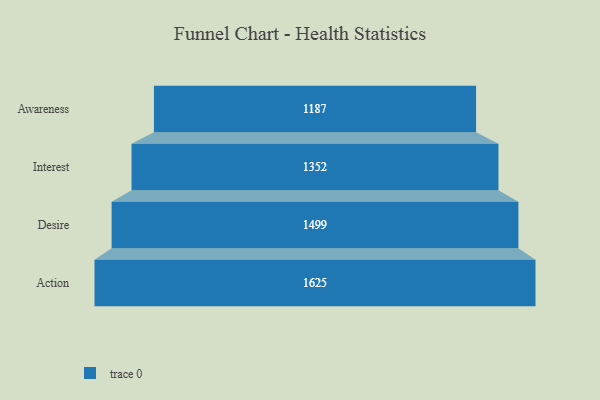
{"axis": {"x": "Stage", "y": "Value"}, "legend": [""], "data": [{"x": "Awareness", "y": 1187.0, "type": ""}, {"x": "Interest", "y": 1352.0, "type": ""}, {"x": "Desire", "y": 1499.0, "type": ""}, {"x": "Action", "y": 1625.0, "type": ""}]}